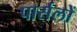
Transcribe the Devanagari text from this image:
पार्सलों